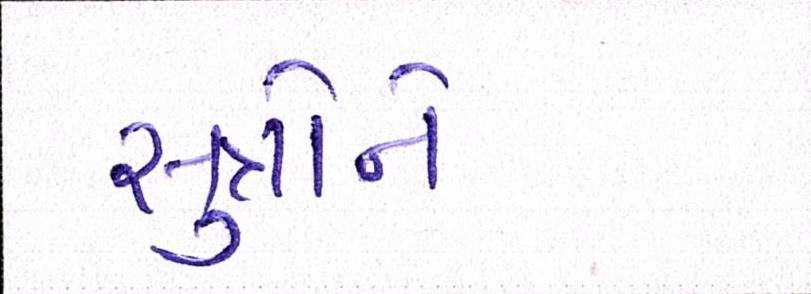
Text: સુત્રોને